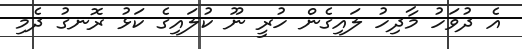
އެ ދުވަހު މާދިހު ލައިގެން ހުރީ ނޫ ކުލައިގެ ކަޅު ރޮނގު ދެމި